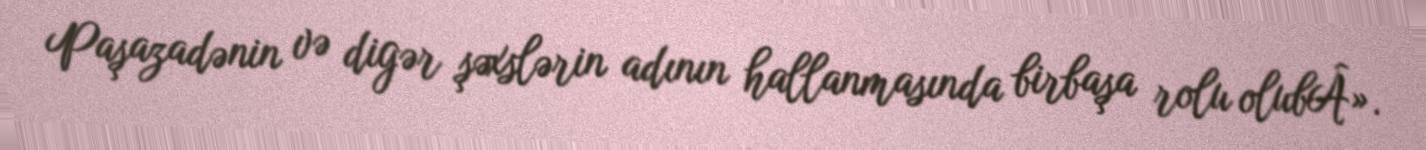
Paşazadənin və digər şəxslərin adının hallanmasında birbaşa rolu olubÂ».